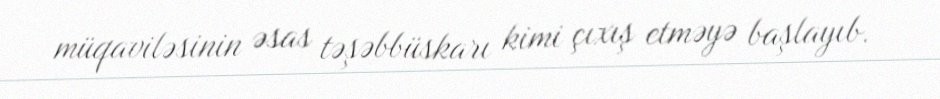
müqaviləsinin əsas təşəbbüskarı kimi çıxış etməyə başlayıb.